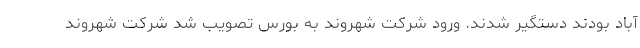
آباد بودند دستگیر شدند. ورود شرکت شهروند به بورس تصویب شد شرکت شهروند